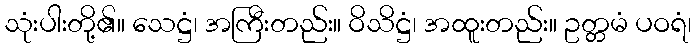
သုံးပါးတို့၏။ သေဋ္ဌံ၊ အကြီးတည်း။ ဝိသိဋ္ဌံ၊ အထူးတည်း။ ဥတ္တမံ ပဝရံ၊